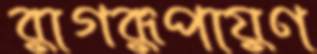
রাগরূপায়ণ